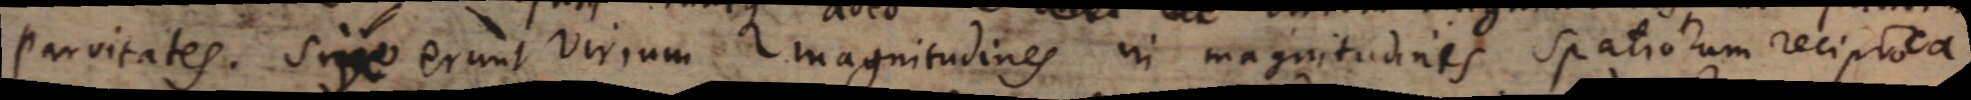
parvitates. Sive erunt virium magnitudines in magnitudinis spatiorum reciproca